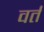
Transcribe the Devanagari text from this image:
वर्त